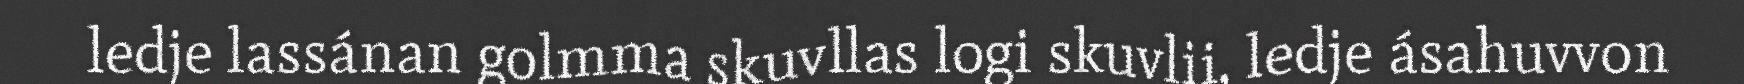
ledje lassánan golmma skuvllas logi skuvlii, ledje ásahuvvon